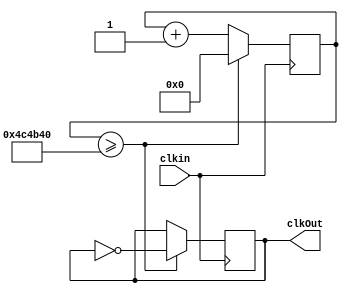
module n_clk_divider(clkin,clkOut);
parameter n=5;
input clkin;
output reg  clkOut;

wire [27:0] stuff;

reg [27:0] divider;
reg [27:0] counter;

always@(n)
begin
	divider=n*1000000;
end

always@(posedge clkin)
	begin
	if(counter>=(divider))	
	begin
		clkOut <= !clkOut;
		counter=0;
	end
	else
		counter=counter+1;
	end
endmodule